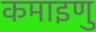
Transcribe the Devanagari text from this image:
कमाइणु